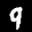
Label: 9